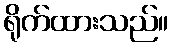
ရိုက်ထားသည်။